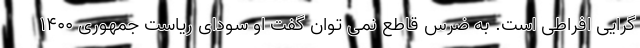
گرایی افراطی است. به ضرس قاطع نمی توان گفت او سودای ریاست جمهوری 1400